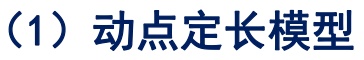
（1）动点定长模型